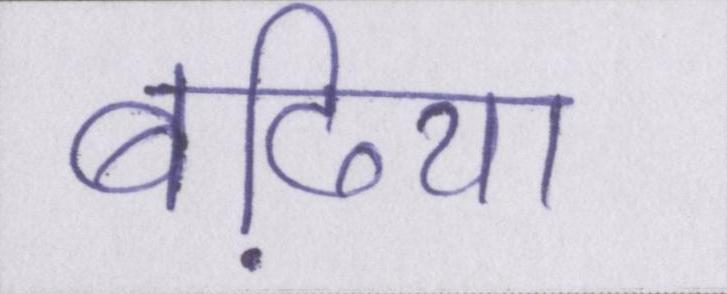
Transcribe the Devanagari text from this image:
बढि़या